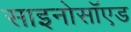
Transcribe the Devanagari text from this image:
साइनोसॉएड